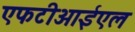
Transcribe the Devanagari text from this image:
एफटीआईएल